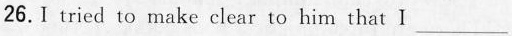
26.I tried to make clear to him that I ___